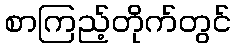
စာကြည့်တိုက်တွင်